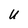
Character: U